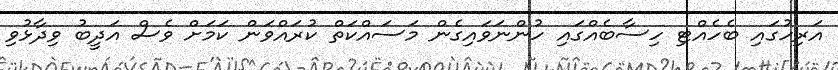
އަރިހުގައި ބެހެއްޓި ހިސާބެއްގައި ހުންނަވައިގެން މަސައްކަތް ކުރައްވަން ކަމަށް ވެސް އަދީބު ވިދާޅުވި